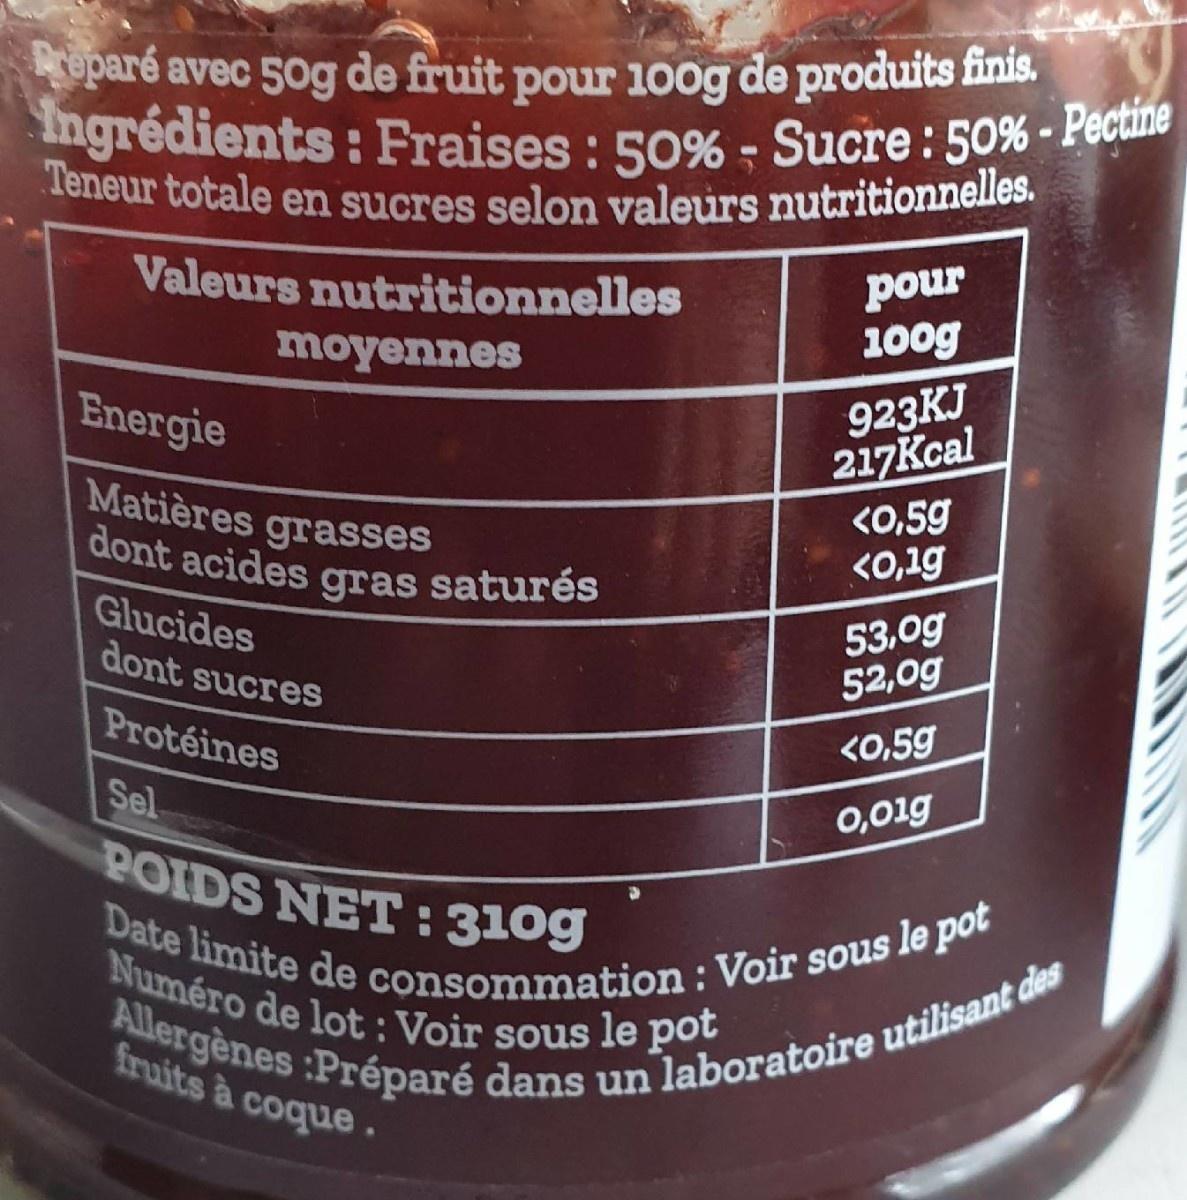
reparé avec 50g de fruit pour 100g de produits finis. Ingrédients: Fraises : 50% - Sucre: 50% - Pecu Teneur totale en sucres selon valeurs nutritionnelles.
pour 100g
Valeurs nutritionnelles
moyennes
923KJ 217Kcal
Energie
Matières grasses |dont acides gras saturés
K0,59 <0,1g
Glucides dont sucres
53,0g 52,0g
Protéines
<0,59
Sel
0,01g
POIDS NET :310g
Date limite de consommation : Voir sous le pot Numéro de lot:Voir sous le pot
Allergènes :Préparé dans un laboratoire utilisant des
fruits à coque.